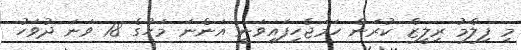
މި ފިލްމު ރިލީޒް ކުރަން ހަމަޖެހިފައިވަނީ އަންނަ މަހުގެ 18 ވަނަ ދުވަހު